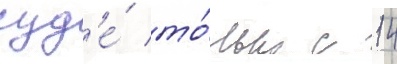
суд'е́ то́лько с 14